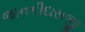
જાનકીદાસજી